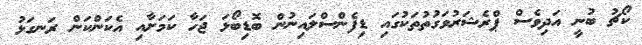
ކޯޗު ބުނީ އަދިވެސް ޕްރެޝަރުވަގުތުތަކުގައި ޑިފެންސްލައިނުން ބޮޑިބޯޅަ ޖަހާ ކަމަށާއި އެކަންކަން ރަނގަޅު